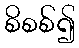
စိစစ်၍